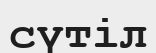
сүтіл